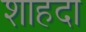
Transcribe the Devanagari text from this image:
शाहदा